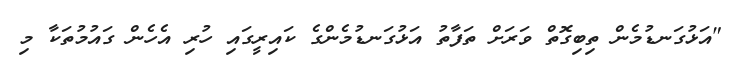
"އަޅުގަނޑުމެން ތިބިގޮތް ވަރަށް ތަފާތު އަޅުގަނޑުމެންގެ ކައިރީގައި ހުރި އެހެން ގައުމުތަކާ މި